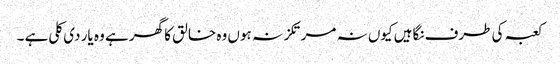
کعبہ کی طرف نگاہیں کیوں نہ مرتکز نہ ہوں وہ خالق کا گھر ہے وہ یار دی کلی ہے ۔